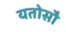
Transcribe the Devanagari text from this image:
यतोसौ